Account of plague administration in the Bombay Presidency from September 1896 till May 1897
Year: 1896
Disease focus: Plague
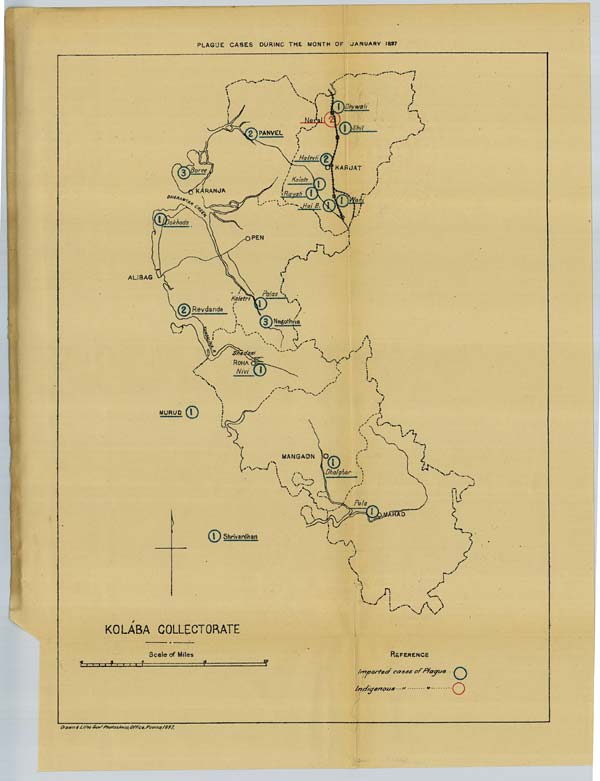
PLAGUE CASES DURING THE MONTH OF JANUARY 1897
Drawn & Litho. Govt. Photozinco: Office, Poona 1897.